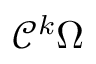
{ \mathcal { C } } ^ { k } \Omega